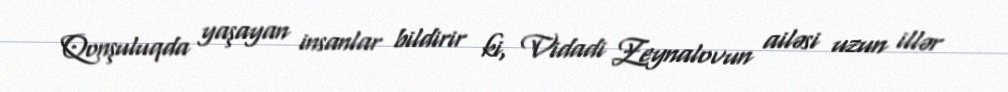
Qonşuluqda yaşayan insanlar bildirir ki, Vidadi Zeynalovun ailəsi uzun illər